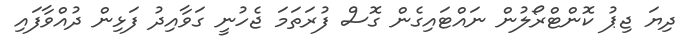
ދިޔަ ޖިޕު ކޮންޓްރޯލުން ނައްޓައިގެން ގޮސް ފުރަތަމަ ޖެހުނީ ގަވާއިދު ފަޅިން ދުއްވާފައި